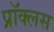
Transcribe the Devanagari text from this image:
प्रॉक्लस